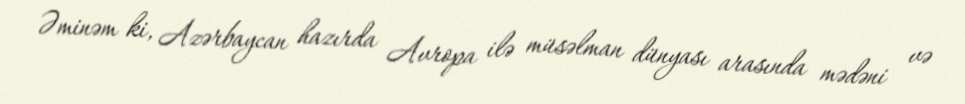
Əminəm ki, Azərbaycan hazırda Avropa ilə müsəlman dünyası arasında mədəni və